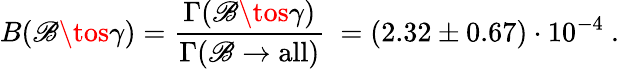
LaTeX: B(\mathscr{B}\tos\gamma)=\frac{{\Gamma(\mathscr{B}\tos\gamma)}}{{\Gamma(\mathscr{B}\to\mathrm{{all}})}}\ =(2.32\pm0.67)\cdot10^{-4}\ .